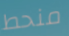
منحط